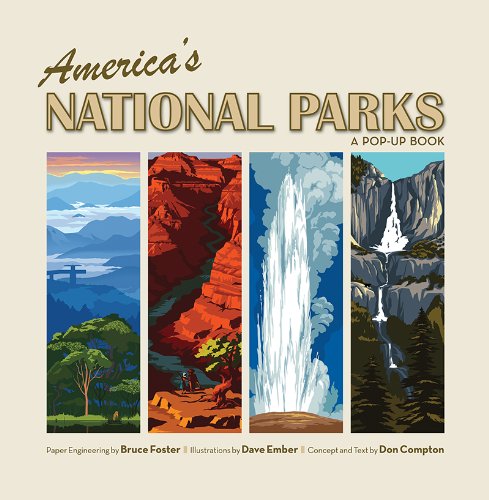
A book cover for America's National Parks: A Pop-Up Book; Don Compton; Sports & Outdoors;